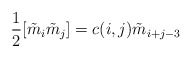
\begin{align*}\frac{1}{2}[\tilde m_i\tilde m_j]=c(i,j)\tilde m_{i+j-3}\end{align*}